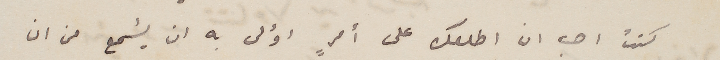
كنت احب ان اطلعك على امرٍ اؤلى به ان يُسمع من ان